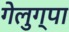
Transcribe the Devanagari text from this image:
गेलुग्पा